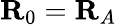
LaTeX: \mathbf{R}_{0}=\mathbf{R}_{A}